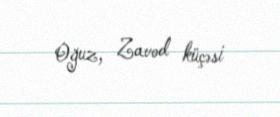
Oğuz, Zavod küçəsi